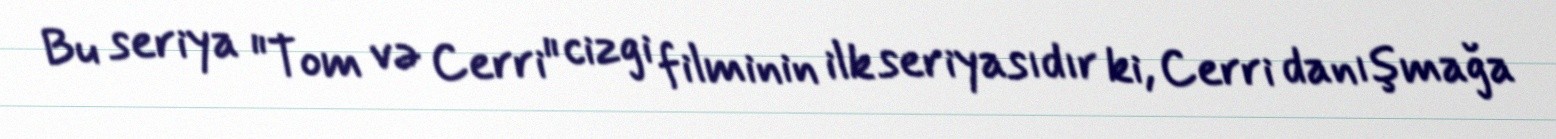
Bu seriya "Tom və Cerri" cizgi filminin ilk seriyasıdır ki, Cerri danışmağa